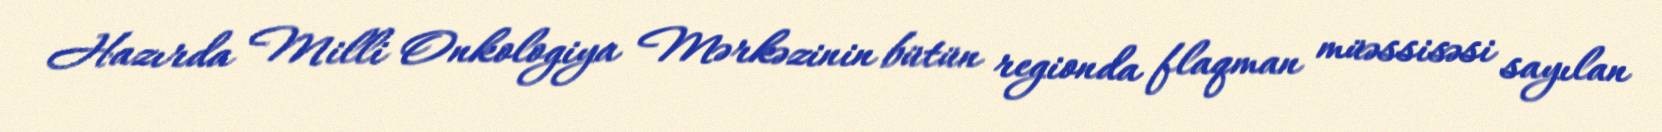
Hazırda Milli Onkologiya Mərkəzinin bütün regionda flaqman müəssisəsi sayılan